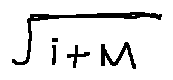
\sqrt { i + M }